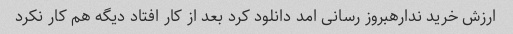
ارزش خرید ندارهبروز رسانی امد دانلود کرد بعد از کار افتاد دیگه هم کار نکرد